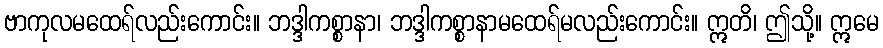
ဗာကုလမထေရ်လည်းကောင်း။ ဘဒ္ဒါကစ္စာနာ၊ ဘဒ္ဒါကစ္စာနာမထေရ်မလည်းကောင်း။ ဣတိ၊ ဤသို့။ ဣမေ